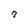
Character: 7